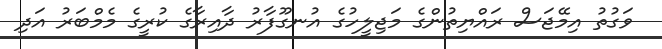
ވަގުތު އިމޭޖަސް ރައްޔިތުންގެ މަޖިލީހުގެ އުނގޫފާރު ދާއިރާގެ ކުރީގެ މެމްބަރު އަދި